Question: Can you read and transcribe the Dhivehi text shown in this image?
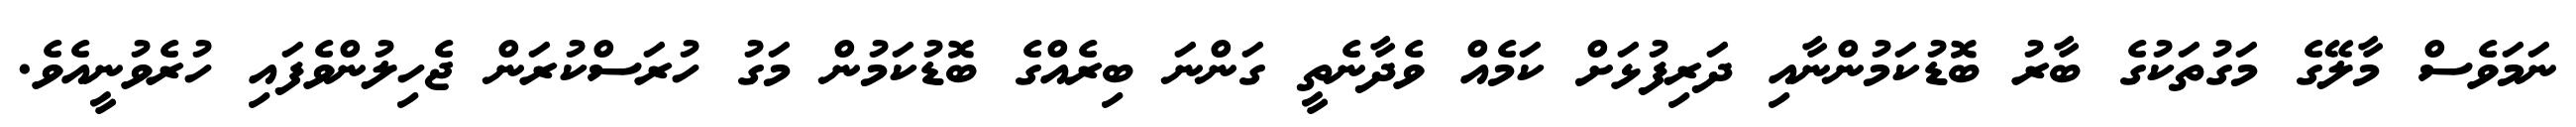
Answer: ނަމަވެސް މާލޭގެ މަގުތަކުގެ ބާރު ބޮޑުކަމުންނާއި ދަރިފުޅަށް ކަމެއް ވެދާނެތީ ގަންނަ ބިރެއްގެ ބޮޑުކަމުން މަގު ހުރަސްކުރަން ޖެހިލުންވެފައި ހުރެވުނީއެވެ.